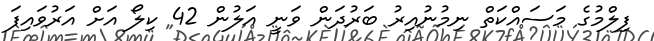
ފިލްމުގެ މަސައްކަތް ނިމުނުއިރު ބަރުދަން ވަނީ އަލުން 42 ކިލޯ އަށް އަރުވައިފަ